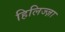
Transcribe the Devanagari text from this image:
हिलिज्ज़ा